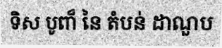
ទិស បូពា៏ នៃ តំបន់ ដាណួប